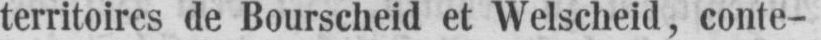
territoires de Bourscheid et Welscheid, conte-